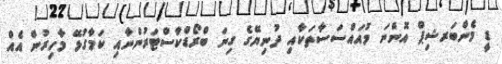
ޑީ މެންބަރޝިޕް އޮންނަ މުއައްސަސާތަކާއި ދުނިޔޭގެ ގިނަ ބްރޯޑްކާސްޓަރުންނާއި ކަމާގުޅޭ މާހިރުން އެއް